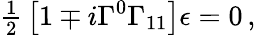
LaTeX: {\textstyle\frac{1}{2}}\left[1\mp i\Gamma^{0}\Gamma_{11}\right]\epsilon=0\, ,